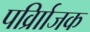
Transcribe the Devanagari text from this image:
पर्व्राािजक